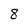
Character: 8